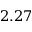
2 . 2 7